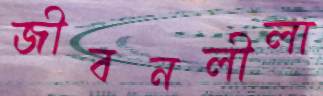
জীবনলীলা